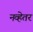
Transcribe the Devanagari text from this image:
नव्हेतर